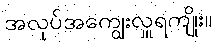
အလုပ်အကျွေးလှူရကျိုး။